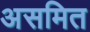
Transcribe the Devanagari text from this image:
असमित